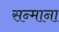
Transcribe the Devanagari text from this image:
सन्माना